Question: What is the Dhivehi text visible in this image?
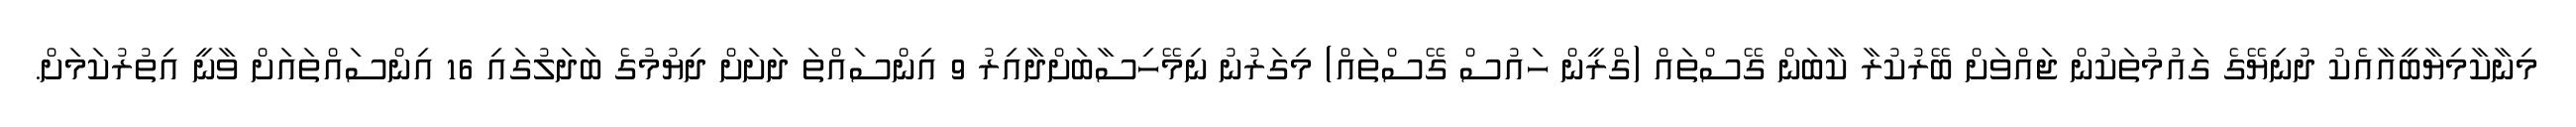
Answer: މިނާކާމިޔާބީއާއެކު ދުނިޔޭގެ ގައުމުތަކުން ޖައްވަށް ބޭރުކުރާ ކާބަން ގޭސްތައް (ގްރީން ހައުސް ގޭސްތައް) މިގަރުނު ނިމޭހިސާބަށްދާއިރު 9 އިންސައްތަ ދަށަށް ދިޔުމުގެ ބަދަލުގައި 16 އިންސައްތައަށް ވާނީ އިތުރުކަމަށް.